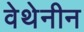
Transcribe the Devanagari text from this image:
वेथेनीन